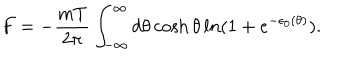
LaTeX: F = - { \frac { m T } { 2 \pi } } \int _ { - \infty } ^ { \infty } d \theta \cosh \theta \, l n ( 1 + e ^ { - \epsilon _ { 0 } ( \theta ) } ) .